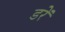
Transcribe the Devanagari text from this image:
डरें